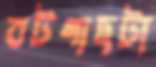
বটগাছটা